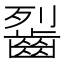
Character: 䶛